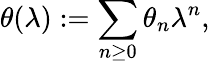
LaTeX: \theta(\lambda):=\sum_{n\geq 0}\theta_{n}\lambda^{n},